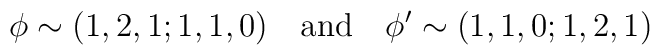
\phi \sim (1,2,1;1,1,0)\quad {\rm and}\quad \phi' \sim (1,1,0;1,2,1)